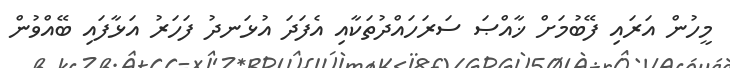
މީހުން އަރައި ފޭބުމަށް ޚާއްޞަ ސަރަހައްދުތަކާއި އެފަދަ އުޅަނދު ފަހަރު އަޅާފައި ބޭއްވުން